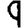
Digit: 9